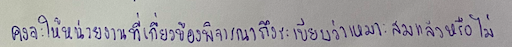
คงจะให้หน่วยงานที่เกี่ยวข้องพิจารณาถึงระเบียบว่าเหมาะสมแล้วหรือไม่